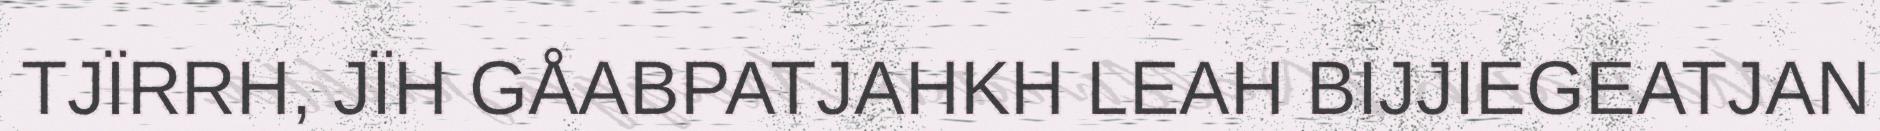
TJÏRRH, JÏH GÅABPATJAHKH LEAH BIJJIEGEATJAN